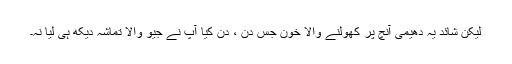
لیکن شائد یہ دھیمی آنچ پر کھولنے والا خون جس دن ، دن کیا آپ نے جیو والا تماشہ دیکھ ہی لیا نہ۔